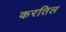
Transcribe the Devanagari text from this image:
करतिल